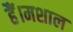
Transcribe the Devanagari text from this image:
हैं।मशाल